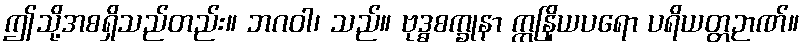
ဤသို့အစရှိသည်တည်း။ ဘဂဝါ၊ သည်။ ဗုဒ္ဓစက္ခုနာ ဣနြိယပရော ပရိယတ္တဉာဏ်။